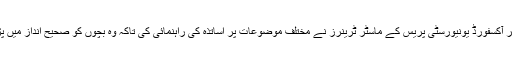
اس موقع پر آکسفورڈ یونیورسٹی پریس کے ماسٹر ٹرینرز نے مختلف موضوعات پر اساتذہ کی راہنمائی کی تاکہ وہ بچوں کو صحیح انداز میں پڑھا سکے۔